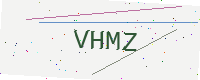
Text: VHMZ